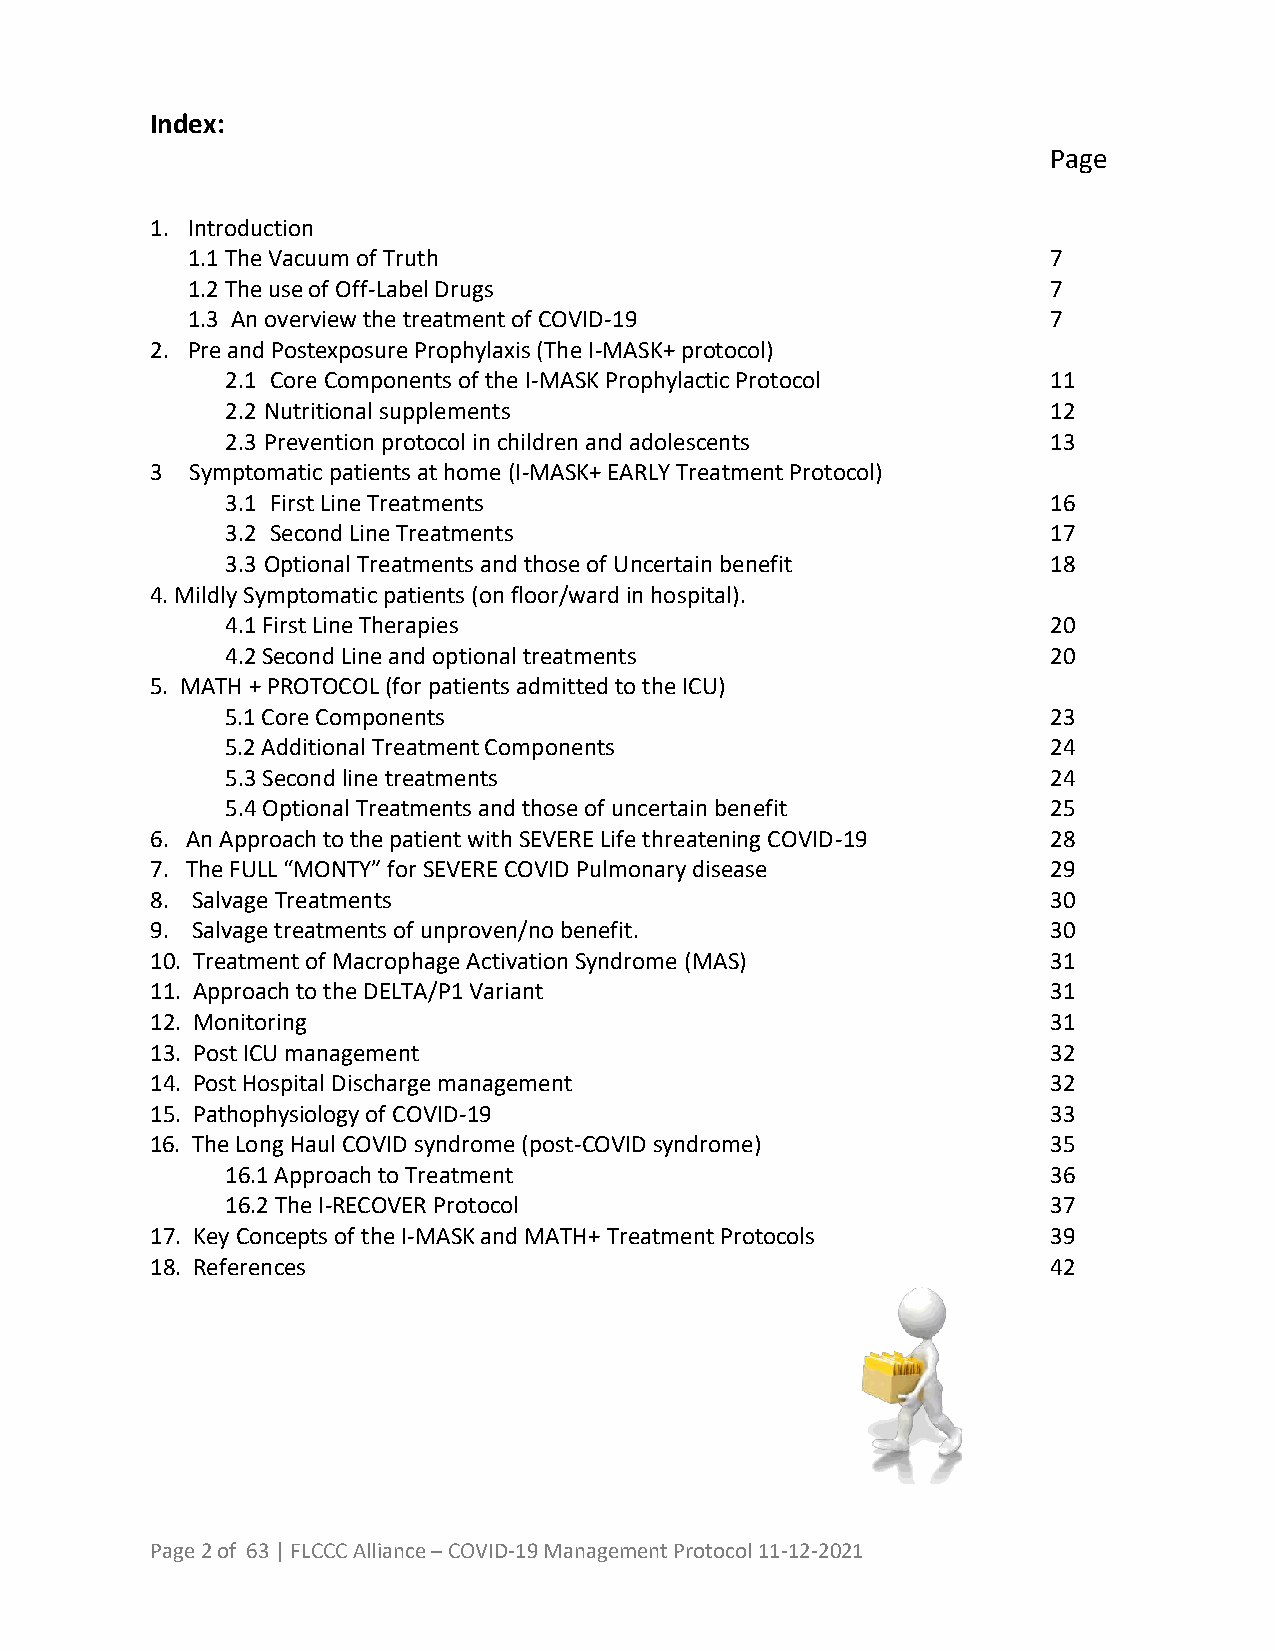
Index:
 Page
 1. Introduction
 1.1 The Vacuum of Truth                                   7
 1.2 The use of Off-Label Drugs                            7
 1.3 An overview the treatment of COVID-19                 7
 2. Pre and Postexposure Prophylaxis (The I-MASK+ protocol)
 2.1 Core Components of the I-MASK Prophylactic Protocol 11
 2.2 Nutritional supplements                            12
 2.3 Prevention protocol in children and adolescents    13
 3  Symptomatic patients at home (I-MASK+ EARLY Treatment Protocol)
 3.1 First Line Treatments                              16
 3.2 Second Line Treatments                             17
 3.3 Optional Treatments and those of Uncertain benefit 18
 4. Mildly Symptomatic patients (on floor/ward in hospital).
 4.1 First Line Therapies                               20
 4.2 Second Line and optional treatments                20
 5. MATH + PROTOCOL (for patients admitted to the ICU)
 5.1 Core Components                                    23
 5.2 Additional Treatment Components                    24
 5.3 Second line treatments                             24
 5.4 Optional Treatments and those of uncertain benefit 25
 6. An Approach to the patient with SEVERE Life threatening COVID-19 28
 7. The FULL “MONTY” for SEVERE COVID Pulmonary disease      29
 8. Salvage Treatments                                       30
 9. Salvage treatments of unproven/no benefit.               30
 10. Treatment of Macrophage Activation Syndrome (MAS)       31
 11. Approach to the DELTA/P1 Variant                        31
 12. Monitoring                                              31
 13. Post ICU management                                     32
 14. Post Hospital Discharge management                      32
 15. Pathophysiology of COVID-19                             33
 16. The Long Haul COVID syndrome (post-COVID syndrome)      35
 16.1 Approach to Treatment                             36
 16.2 The I-RECOVER Protocol                            37
 17. Key Concepts of the I-MASK and MATH+ Treatment Protocols 39
 18. References                                              42
 Page 2 of 63 | FLCCC Alliance – COVID-19 Management Protocol 11-12-2021